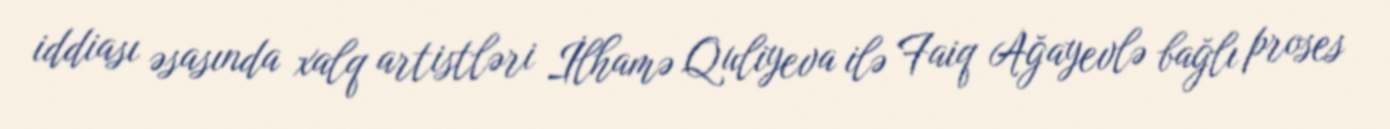
iddiası əsasında xalq artistləri İlhamə Quliyeva ilə Faiq Ağayevlə bağlı proses